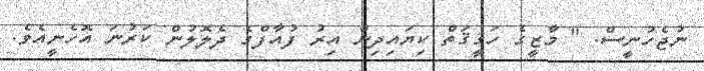
ނުޖެހުނީސް. " މާޒީގެ ހަޤީޤަތް ކިޔައިދިން އިރު ފުއާފްގެ ދެލޮލުން ކަރުނަ އޮހެނީއެވެ.